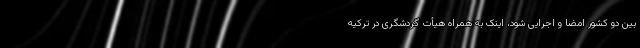
بین دو کشور امضا و اجرایی شود، اینک به همراه هیأت گردشگری در ترکیه